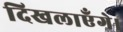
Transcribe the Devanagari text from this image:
दिखलाएँगे।